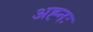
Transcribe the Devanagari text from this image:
अह्नः